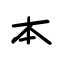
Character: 本